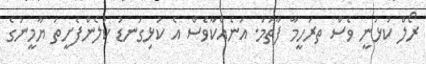
ރޯލް ކުޅުނީ ވެސް ތރަހީމާ ފާތުމަ. އަނެއްކާވެސް އެ ކުޅިގަނޑު ކުލެންފެށީތަ ޔާމީނުގެ